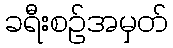
ခရီးစဉ်အမှတ်